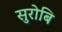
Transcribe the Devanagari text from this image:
सुरोबि